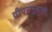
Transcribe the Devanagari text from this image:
द्वीपसमूहांची